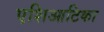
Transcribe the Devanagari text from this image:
एशिआटिका